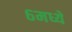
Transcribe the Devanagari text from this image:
६मध्ये